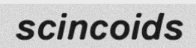
scincoids